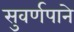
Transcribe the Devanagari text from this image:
सुवर्णपाने